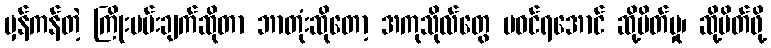
မှန်ကန်တဲ့ ကြိုးပမ်းချက်ဆိုတာ ဘာတုံးဆိုတော့ အကုသိုလ်တွေ မဝင်ရအောင် ဆို့ပိတ်မှု၊ ဆို့ပိတ်ဖို့